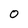
Character: 0